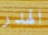
الهدر